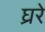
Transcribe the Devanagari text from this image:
घ्ररे